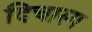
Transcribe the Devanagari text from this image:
दिचास्प